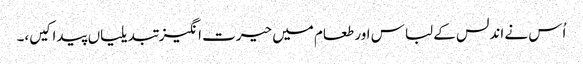
اُس نے اندلس کے لباس اور طعام میں حیرت انگیز تبدیلیاں پیدا کیں،۔